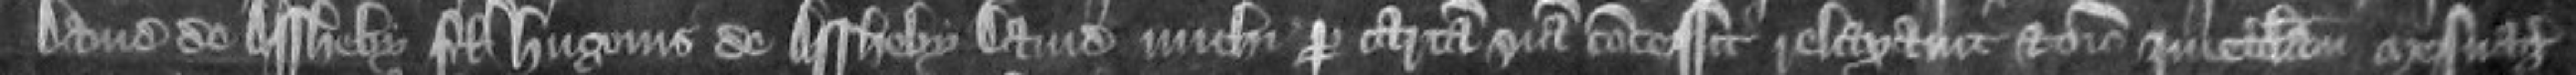
David de Assheby filius Hugonis de Assheby David michi per cartam suam concessit relaxavit et omnino quietum clamavit mesuagium